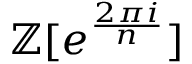
\mathbb { Z } [ e ^ { \frac { 2 \pi i } { n } } ]